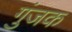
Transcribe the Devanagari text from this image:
गुंजक